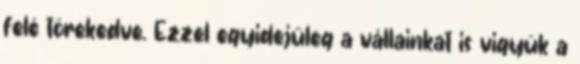
felé törekedve. Ezzel egyidejűleg a vállainkat is vigyük a